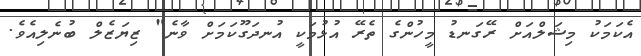
އެކަމަކު މިޝަލްއަށް ރޭގަނޑު މީހުންގެ ތެރޭ އުޅުމަކީ އުނދަގޫކަމަށް ވާނެ" ޒިޔަޒެލް ބުނެލިއެވެ.